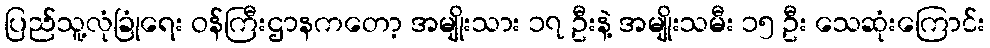
ပြည်သူ့လုံခြုံရေး ဝန်ကြီးဌာနကတော့ အမျိုးသား ၁၇ ဦးနဲ့ အမျိုးသမီး ၁၅ ဦး သေဆုံးကြောင်း